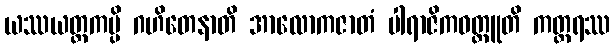
ယဿယတ္ထကမ္ပိ ဂဟိတေနာတိ အာလောကဇာတံ ပါရာဇိကဝတ္ထူတိ ကတ္တရဿ